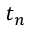
t _ { n }